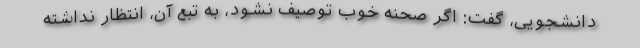
دانشجویی، گفت: اگر صحنه خوب توصیف نشود، ‌به تبع آن، انتظار نداشته